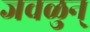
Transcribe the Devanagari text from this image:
जवळुन्